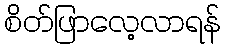
စိတ်ဖြာလေ့လာရန်